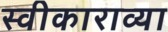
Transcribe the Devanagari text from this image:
स्वीकाराव्या